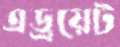
এড্রয়েট